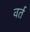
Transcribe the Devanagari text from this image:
वर्त